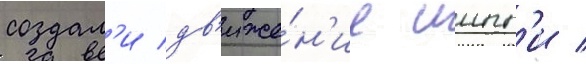
создал'и дв'иже́н'ие иипп'и /